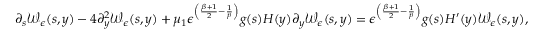
\partial _ { s } \mathcal { W } _ { \epsilon } ( s , y ) - 4 \partial _ { y } ^ { 2 } \mathcal { W } _ { \epsilon } ( s , y ) + \mu _ { 1 } \epsilon ^ { \left( \frac { \beta + 1 } { 2 } - \frac { 1 } { p } \right) } g ( s ) H ( y ) \partial _ { y } \mathcal { W } _ { \epsilon } ( s , y ) = \epsilon ^ { \left( \frac { \beta + 1 } { 2 } - \frac { 1 } { p } \right) } g ( s ) H ^ { \prime } ( y ) \mathcal { W } _ { \epsilon } ( s , y ) ,